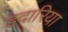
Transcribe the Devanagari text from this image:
इदारिया